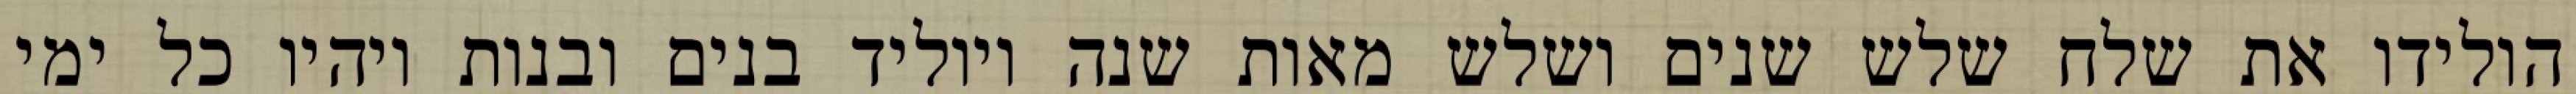
הולידו את שלח שלש שנים ושלש מאות שנה ויוליד בנים ובנות ויהיו כל ימי